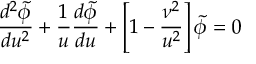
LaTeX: { \frac { d ^ { 2 } \tilde { \phi } } { d u ^ { 2 } } } + { \frac { 1 } { u } } { \frac { d \tilde { \phi } } { d u } } + \left[ 1 - { \frac { \nu ^ { 2 } } { u ^ { 2 } } } \right] \tilde { \phi } = 0